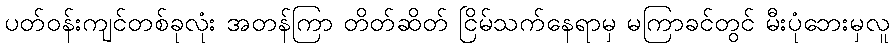
ပတ်ဝန်းကျင်တစ်ခုလုံး အတန်ကြာ တိတ်ဆိတ် ငြိမ်သက်နေရာမှ မကြာခင်တွင် မီးပုံဘေးမှလူ